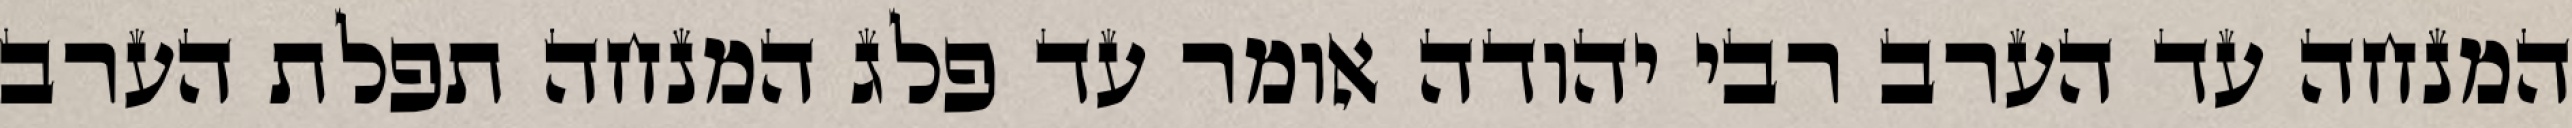
המנחה עד הערב רבי יהודה אומר עד פלג המנחה תפלת הערב